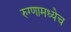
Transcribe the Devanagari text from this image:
रुग्णामध्येच